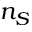
n _ { S }